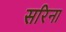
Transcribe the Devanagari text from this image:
सरिना